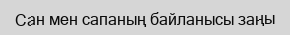
Сан мен сапаның байланысы заңы